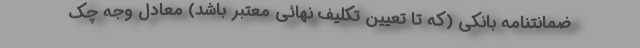
ضمانتنامه بانکی (که تا تعیین تکلیف نهائی معتبر باشد) معادل وجه چک